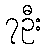
၇ဦး